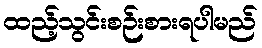
ထည့်သွင်းစဉ်းစားရပါမည်